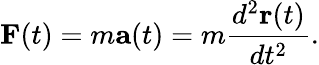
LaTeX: \textbf{F}(t)=m\textbf{a}(t)=m\frac{d^{2}\textbf{r}(t)}{dt^{2}}.